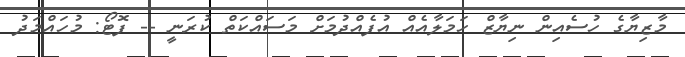
މާޒިޔާގެ ހުސެއިން ނިޔާޒް ހަމަލާއެއް އުފެއްދުމަށް މަސައްކަތް ކުރަނީ -- ފޮޓޯ: މުހައްމަދު